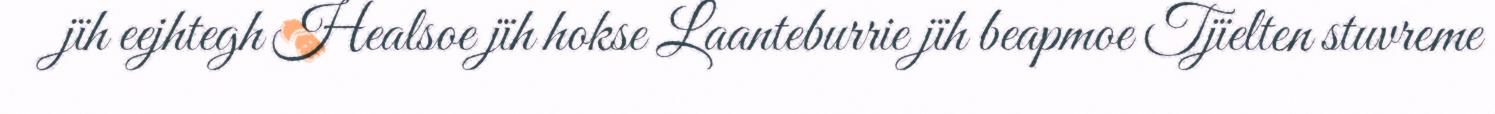
jïh eejhtegh Healsoe jïh hokse Laanteburrie jïh beapmoe Tjïelten stuvreme